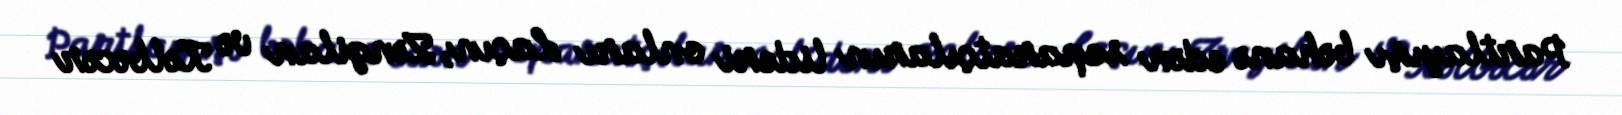
Partlayışı bəhanə edən separatçıların lideri onları Laçın, Zəngilan və Kəlbəcər